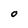
Character: O